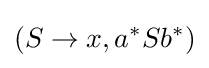
(S\to x,a^{*}Sb^{*})